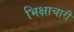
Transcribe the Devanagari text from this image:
भिक्षाचारी